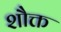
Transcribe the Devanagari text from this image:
शौक्त